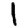
Digit: 1